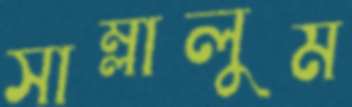
সাম্‌লালুম